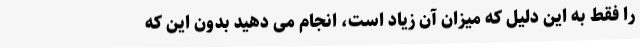
را فقط به این دلیل که میزان آن زیاد است، انجام می دهید بدون این که